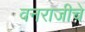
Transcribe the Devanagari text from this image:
वनराजीचे